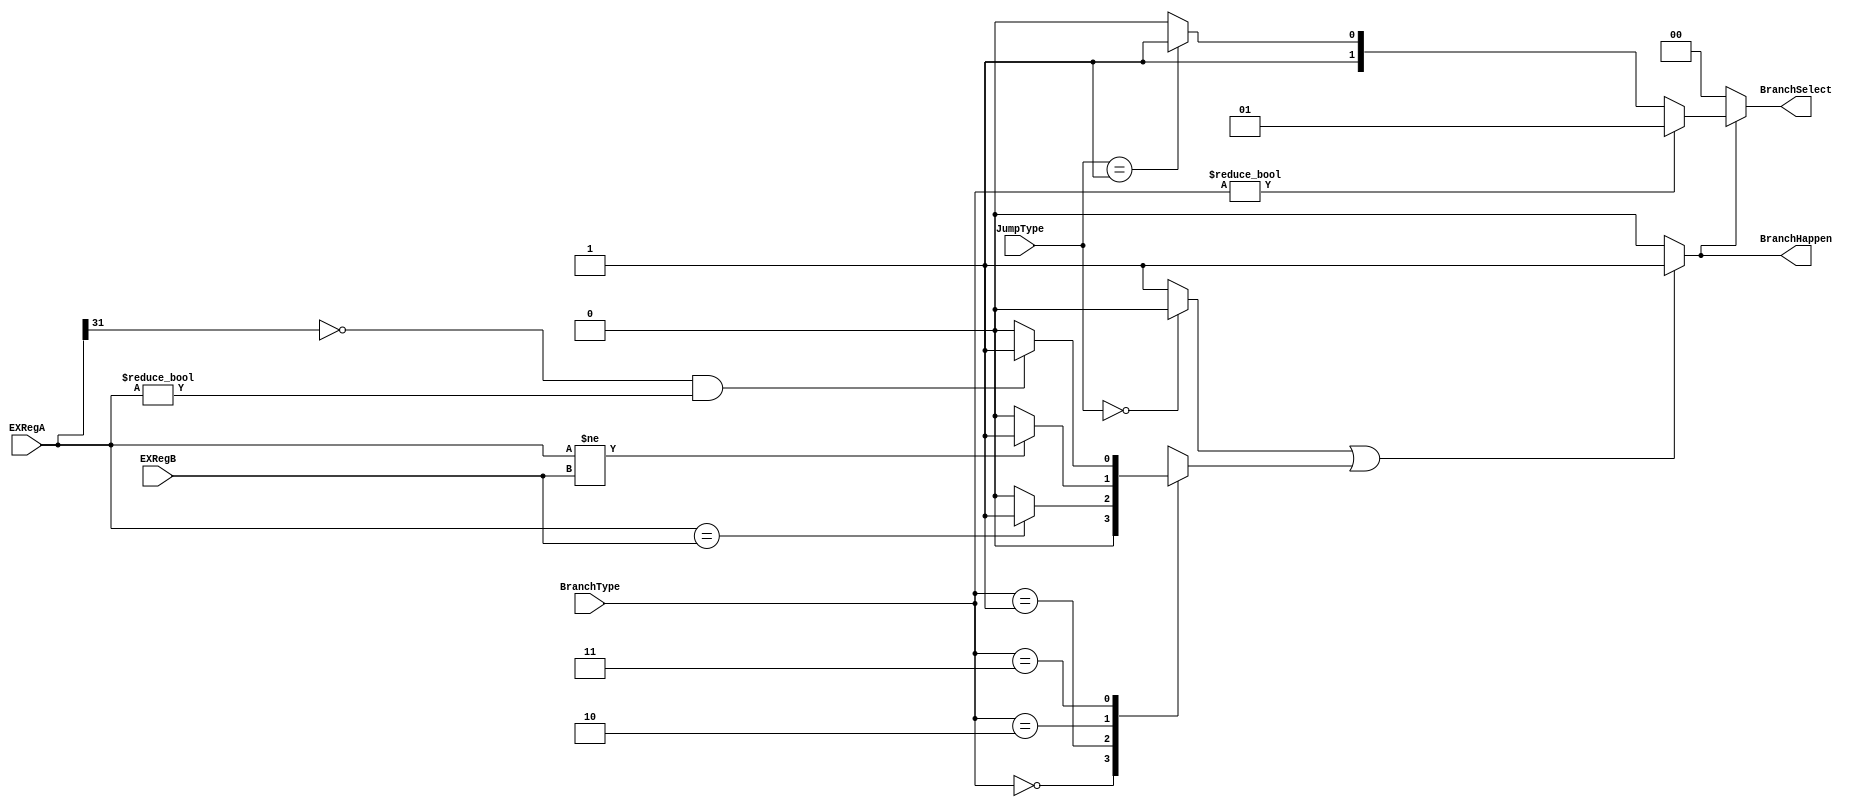
`timescale 1ns / 1ps
//////////////////////////////////////////////////////////////////////////////////
// Company: 
// 
// Design Name: 
// Module Name: BranchSelector
// Project Name: 
// Target Devices: 
// Tool Versions: 
// Description: 
// 
// Dependencies: 
// 
// Revision:
// Revision 0.01 - File Created
// Additional Comments:
// 
//////////////////////////////////////////////////////////////////////////////////

module BranchSelector(
	input wire[1:0] BranchType,
	input wire[1:0] JumpType,
	input wire[31:0] EXRegA,
	input wire[31:0] EXRegB,

	output reg [1:0]BranchSelect,//00:PC+4 01:PC+4+offset 10:PC=RegA(JR) 11:PC=imm(J)
	output reg BranchHappen
    );

reg ShouldBranch;
reg ShouldJump;
always @(*) begin
	case (BranchType)
		0:ShouldBranch=0;
		1:ShouldBranch=EXRegA==EXRegB?1:0;
		2:ShouldBranch=EXRegA!=EXRegB?1:0;
		3:ShouldBranch=((EXRegA[31] == 0) && (EXRegA != 0)) ?1:0;
	endcase
end

always @(*) begin
	if (JumpType==0)
		ShouldJump=0;
	else 
		ShouldJump=1;
end

always @(*) begin
	if(ShouldJump || ShouldBranch)
		BranchHappen=1;
	else
		BranchHappen=0;
end

always @(*) begin//00:PC+4 01:PC+4+offset 10:PC=to RegA(JR) 11:(J)to imm
	if (!BranchHappen) begin
		BranchSelect=0;
	end
	else begin
		if(BranchType!=0)
			BranchSelect=1;
		else begin
			if (JumpType==1) begin
				BranchSelect=3;
			end
			else begin
				BranchSelect=2;
			end
		end
	end
end

endmodule